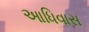
આધિવાસ